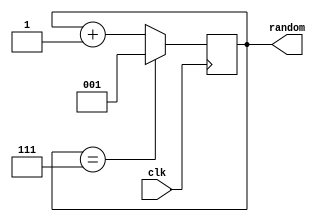
`timescale 1ns / 1ps
//
module randomizer(
    input wire       clk,
    output reg [2:0] random
    );

    initial begin
        random = 1;
    end

    // Cycle through values at 100 MHz and select one
    // at user input, which is effectively random.
    always @ (posedge clk) begin
        if (random == 7) begin
            random <= 1;
        end else begin
            random <= random + 1;
        end
    end

endmodule